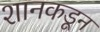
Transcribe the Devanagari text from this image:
शानकडून